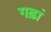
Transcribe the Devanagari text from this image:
गढ़ां